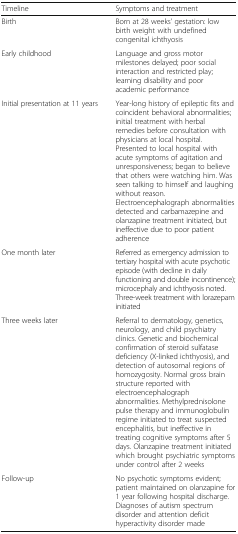
| Timeline | Symptoms and treatment |
 | --- | --- |
 | Birth | Born at 28 weeks’ gestation: low birth weight with undefined congenital ichthyosis |
 | Early childhood | Language and gross motor milestones delayed; poor social interaction and restricted play; learning disability and poor academic performance |
 | Initial presentation at 11 years | Year-long history of epileptic fits and coincident behavioral abnormalities; initial treatment with herbal remedies before consultation with physicians at local hospital. Presented to local hospital with acute symptoms of agitation and unresponsiveness; began to believe that others were watching him. Was seen talking to himself and laughing without reason. Electroencephalograph abnormalities detected and carbamazepine and olanzapine treatment initiated, but ineffective due to poor patient adherence |
 | One month later | Referred as emergency admission to tertiary hospital with acute psychotic episode (with decline in daily functioning and double incontinence); microcephaly and ichthyosis noted. Three-week treatment with lorazepam initiated |
 | Three weeks later | Referral to dermatology, genetics, neurology, and child psychiatry clinics. Genetic and biochemical confirmation of steroid sulfatase deficiency (X-linked ichthyosis), and detection of autosomal regions of homozygosity. Normal gross brain structure reported with electroencephalograph abnormalities. Methylprednisolone pulse therapy and immunoglobulin regime initiated to treat suspected encephalitis, but ineffective in treating cognitive symptoms after 5 days. Olanzapine treatment initiated which brought psychiatric symptoms under control after 2 weeks |
 | Follow-up | No psychotic symptoms evident; patient maintained on olanzapine for 1 year following hospital discharge. Diagnoses of autism spectrum disorder and attention deficit hyperactivity disorder made |